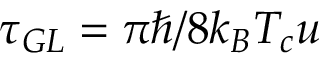
\tau _ { G L } = \pi \hbar / 8 k _ { B } T _ { c } u